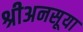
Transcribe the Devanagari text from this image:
श्रीअनसूया